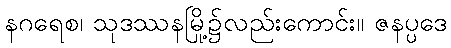
နဂရေစ၊ သုဒဿနမြို့၌လည်းကောင်း။ ဇနပ္ပဒေ